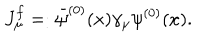
LaTeX: J _ { \mu } ^ { f } = : { \bar { \psi } } ^ { ( 0 ) } ( x ) \gamma _ { \mu } \psi ^ { ( 0 ) } ( x ) .